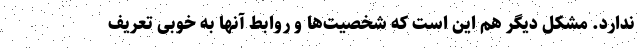
ندارد. مشکل دیگر هم این است که شخصیت‌ها و روابط آنها به خوبی تعریف